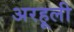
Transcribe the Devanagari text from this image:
अरहूली